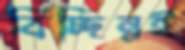
বিচ্ছিন্নই